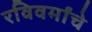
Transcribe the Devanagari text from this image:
रविवर्मांचे